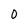
Character: 0